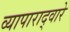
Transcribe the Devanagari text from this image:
व्यापाराद्वारे